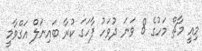
މިއީ މާޗް މަހުގެ 8 ވަނަ ދުވަހު ފާހަގަ ކުރާ ބައިނަލް އަގްވާމީ